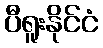
ပီရူးနိုင်ငံ